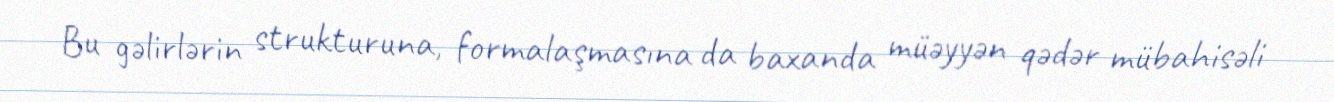
Bu gəlirlərin strukturuna, formalaşmasına da baxanda müəyyən qədər mübahisəli